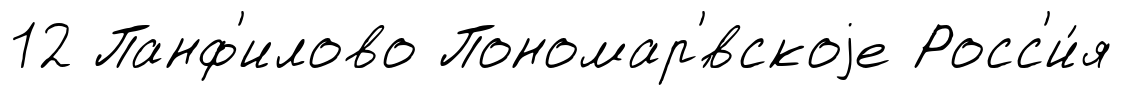
12 Панф'илово Пономар'́вскоjе Росс'и́я